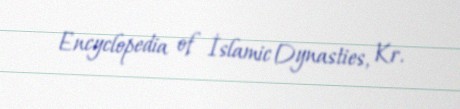
Encyclopedia of İslamic Dynasties, Kr.